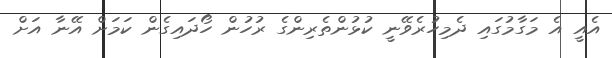
އެއީ އެ މަގާމުގައި ދެމިހުރެވޭނީ ކުޅުންތެރިންގެ ރުހުން ހޯދައިގެން ކަމަށް އޭނާ އަށް